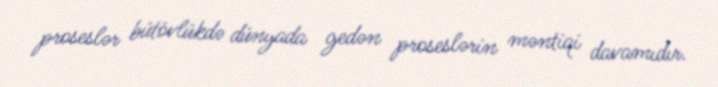
proseslər bütövlükdə dünyada gedən proseslərin məntiqi davamıdır.